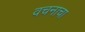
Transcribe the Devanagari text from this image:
वचनाचा